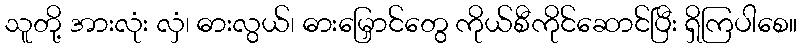
သူတို့ အားလုံး လှံ၊ ဓားလွယ်၊ ဓားမြှောင်တွေ ကိုယ်စီကိုင်ဆောင်ပြီး ရှိကြပါစေ။